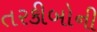
તરકીબોની